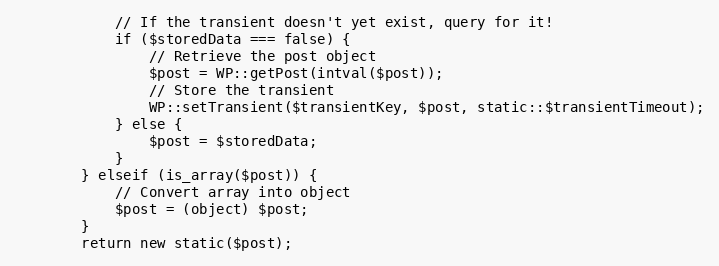
Language: PHP
            // If the transient doesn't yet exist, query for it!
            if ($storedData === false) {
                // Retrieve the post object
                $post = WP::getPost(intval($post));
                // Store the transient
                WP::setTransient($transientKey, $post, static::$transientTimeout);
            } else {
                $post = $storedData;
            }
        } elseif (is_array($post)) {
            // Convert array into object
            $post = (object) $post;
        }
        return new static($post);